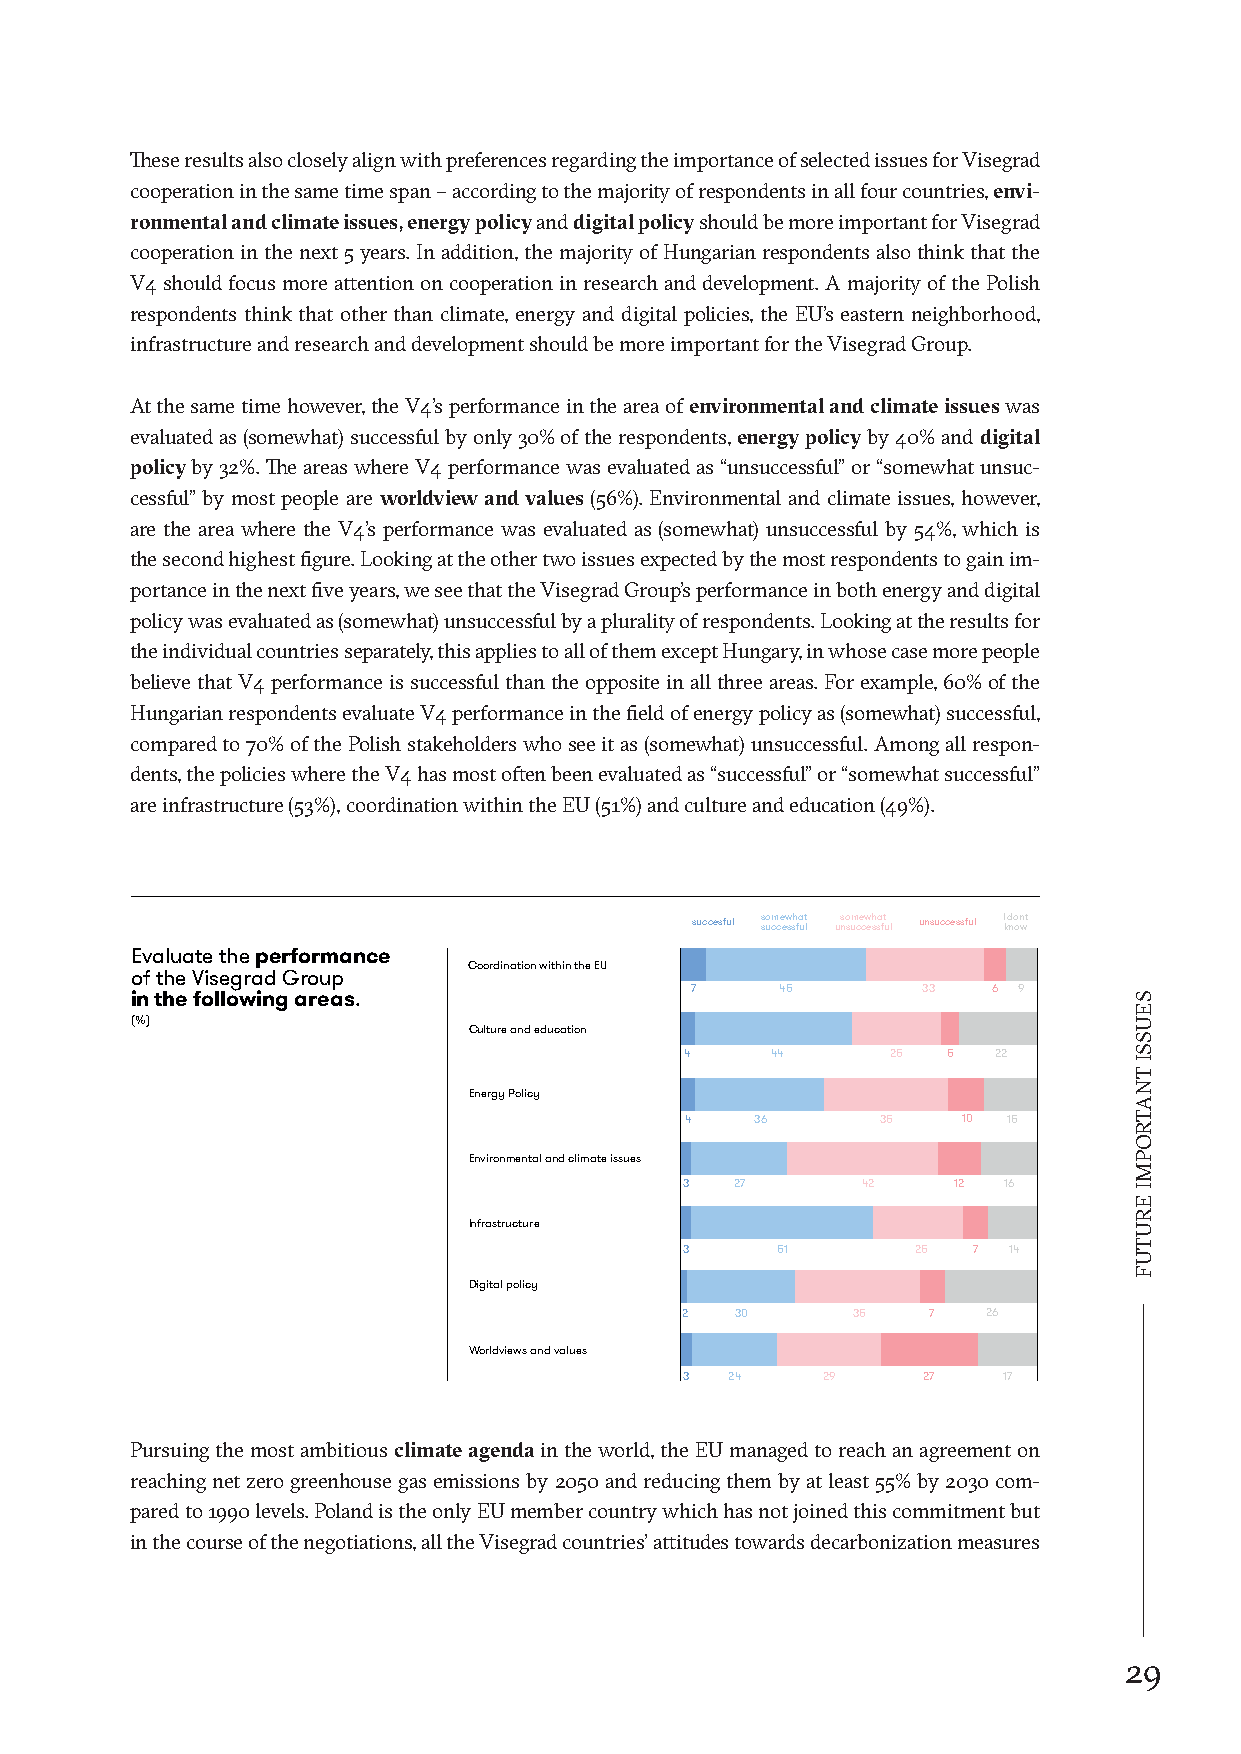
These results also closely align with preferences regarding the importance of selected issues for Visegrad
 cooperation in the same time span – according to the majority of respondents in all four countries, envi-
 ronmental and climate issues, energy policy and digital policy should be more important for Visegrad
 cooperation in the next 5 years. In addition, the majority of Hungarian respondents also think that the
 V4 should focus more attention on cooperation in research and development. A majority of the Polish
 respondents think that other than climate, energy and digital policies, the EU’s eastern neighborhood,
 infrastructure and research and development should be more important for the Visegrad Group.
 At the same time however, the V4’s performance in the area of environmental and climate issues was
 evaluated as (somewhat) successful by only 30% of the respondents, energy policy by 40% and digital
 policy by 32%. The areas where V4 performance was evaluated as “unsuccessful” or “somewhat unsuc-
 cessful” by most people are worldview and values (56%). Environmental and climate issues, however,
 are the area where the V4’s performance was evaluated as (somewhat) unsuccessful by 54%, which is
 the second highest figure. Looking at the other two issues expected by the most respondents to gain im-
 portance in the next five years, we see that the Visegrad Group’s performance in both energy and digital
 policy was evaluated as (somewhat) unsuccessful by a plurality of respondents. Looking at the results for
 the individual countries separately, this applies to all of them except Hungary, in whose case more people
 believe that V4 performance is successful than the opposite in all three areas. For example, 60% of the
 Hungarian respondents evaluate V4 performance in the field of energy policy as (somewhat) successful,
 compared to 70% of the Polish stakeholders who see it as (somewhat) unsuccessful. Among all respon-
 dents, the policies where the V4 has most often been evaluated as “successful” or “somewhat successful”
 are infrastructure (53%), coordination within the EU (51%) and culture and education (49%).
 succesful ss uo cm ce ew ssh fa ut l unso sum ce cw eh ssa ft ul unsuccessful I kd no on wt
 Evaluatetheperformance
 CoordinationwithintheEU
 oftheVisegradGroup
 7     45       33   6 9 inthefollowingareas.
 (%)
 Cultureandeducation
 4     44      25  5  22
 EnergyPolicy
 4    36      35    10 15
 Environmentalandclimateissues
 3   27      42    12 16
 Infrastructure
 3     51        25 7  14
 Digitalpolicy
 2   30     35   7   26
 Worldviewsandvalues
 3  24    29     27   17
 Pursuing the most ambitious climate agenda in the world, the EU managed to reach an agreement on
 reaching net zero greenhouse gas emissions by 2050 and reducing them by at least 55% by 2030 com-
 pared to 1990 levels. Poland is the only EU member country which has not joined this commitment but
 in the course of the negotiations, all the Visegrad countries’ attitudes towards decarbonization measures
 29
 SEUSSI
 TNATROPMI
 ERUTUF